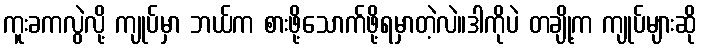
ကူးခကလွဲလို့ ကျုပ်မှာ ဘယ်က စားဖို့သောက်ဖို့ရမှာတဲ့လဲ။ဒါကိုပဲ တချို့က ကျုပ်များဆို